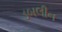
ડબલીન